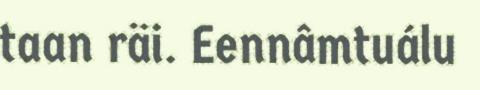
taan räi. Eennâmtuálu